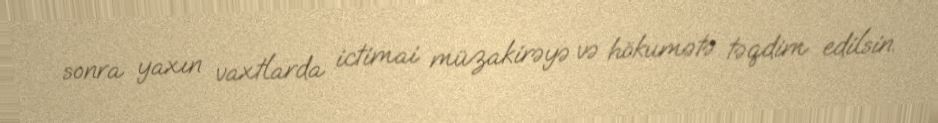
sonra yaxın vaxtlarda ictimai müzakirəyə və hökumətə təqdim edilsin.